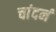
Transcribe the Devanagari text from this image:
चांदनं